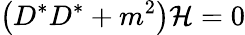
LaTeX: \left(D^{*}D^{*}+m^{2}\right){\cal H}=0